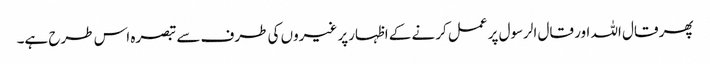
پھر قال اللہ اور قال الرسول پر عمل کرنے کے اظہارپر غیروں کی طرف سے تبصرہ اس طرح ہے۔